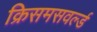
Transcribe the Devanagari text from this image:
क्रिसमसवर्ल्ड